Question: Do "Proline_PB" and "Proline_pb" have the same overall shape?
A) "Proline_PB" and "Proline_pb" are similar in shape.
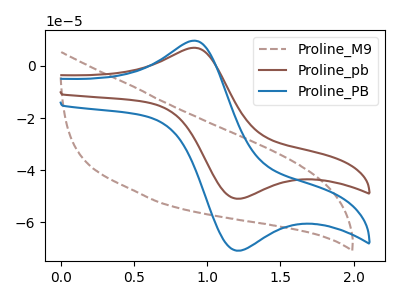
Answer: <think>The brown dashed curve "Proline_M9" has no peaks. The brown curve "Proline_pb" has an anodic peak at (0.90V, 6.95uA) and a cathodic peak at (1.25V, -50.95uA). The blue curve "Proline_PB" has an anodic peak at (0.90V, 9.65uA) and a cathodic peak at (1.25V, -70.85uA).
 All the peaks in "Proline_PB" have a peak in "Proline_pb" at the same potential. Every peak in "Proline_PB" is higher than every peak in "Proline_pb".</think>
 <answer>A) "Proline_PB" and "Proline_pb" are similar in shape.</answer>
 <eval>A</eval>